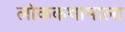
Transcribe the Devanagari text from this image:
लोककथामाला